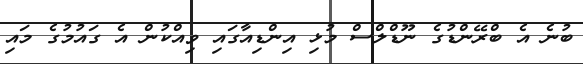
ބުނެ އެ ބްރޭންޑުގެ ނޫޑްލްސް މުޅި އިންޑިއާގައި ވިއްކުން އެ ގައުމުގެ މައި